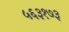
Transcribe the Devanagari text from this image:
५६३१७३